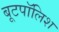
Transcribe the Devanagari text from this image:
बूटपॉलिश